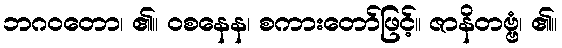
ဘဂဝတော၊ ၏။ ဝစနေန၊ စကားတော်ဖြင့်။ ဇာနိတဗ္ဗံ၊ ၏။